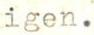
igen.